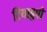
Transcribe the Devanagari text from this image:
टियाहुपो